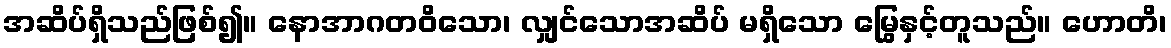
အဆိပ်ရှိသည်ဖြစ်၍။ နောအာဂတဝိသော၊ လျှင်သောအဆိပ် မရှိသော မြွေနှင့်တူသည်။ ဟောတိ၊